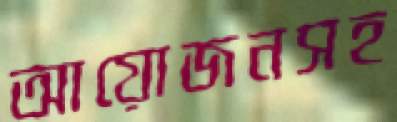
আয়োজনসহ